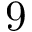
~ 9